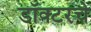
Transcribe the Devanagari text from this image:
डॉक्टरचे